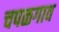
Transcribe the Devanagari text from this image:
चपळगाव